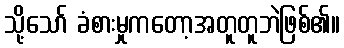
သို့သော် ခံစားမှုကတော့အတူတူဘဲဖြစ်၏။